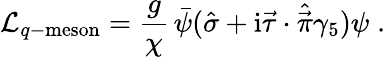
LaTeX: \mathcal{L}_{q-{\mathrm{meson}}}={\frac{g}{\chi}}\, \bar{\psi}(\hat{\sigma}+\mathrm{i}\vec{\tau}\cdot\hat{\vec{\pi}}\gamma_{5})\psi\; .